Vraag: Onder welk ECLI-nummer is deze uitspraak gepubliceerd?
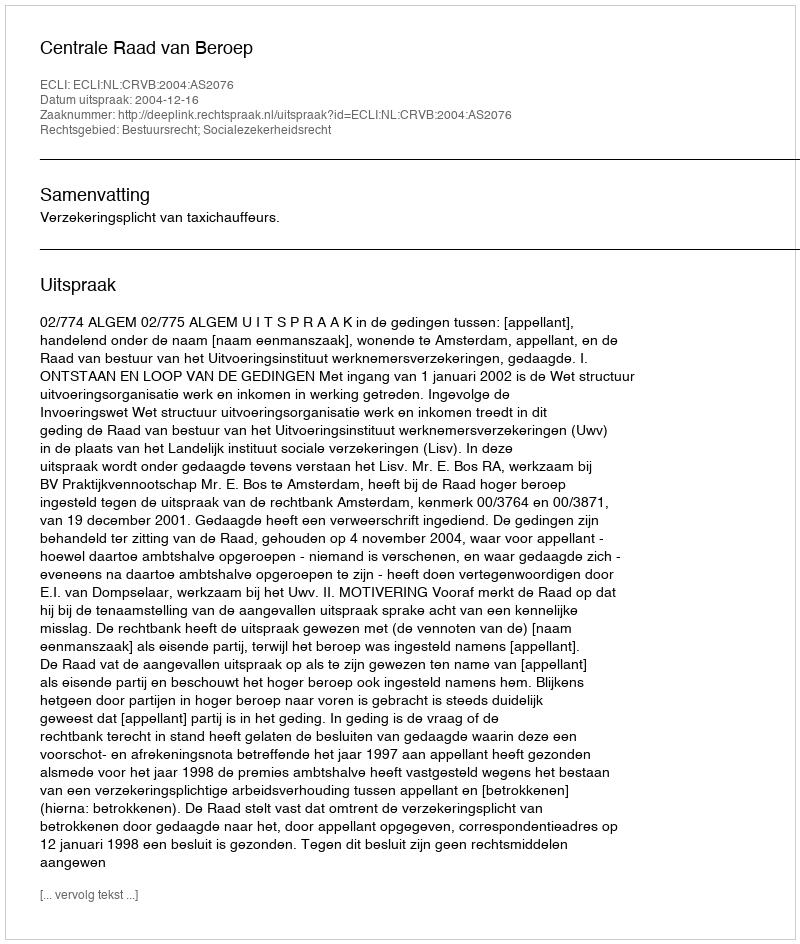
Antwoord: ECLI:NL:CRVB:2004:AS2076